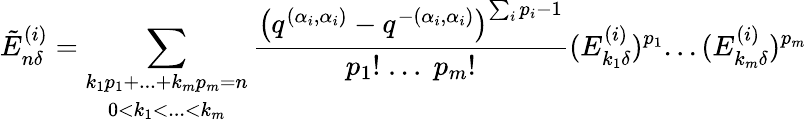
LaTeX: \tilde{E}_{n\delta}^{(i)}=\sum_{\begin{array}{c}{{k_{1}p_{1}+...+k_{m}p_{m}=n}}\\ {{0<k_{1}<...<k_{m}}}\end{array}}\frac{\left(q^{(\alpha_{i},\alpha_{i})}-q^{-(\alpha_{i},\alpha_{i})}\right)^{\sum_{i}p_{i}-1}}{p_{1}!\; ...\; p_{m}!}(E_{k_{1}\delta}^{(i)})^{p_{1}}...(E_{k_{m}\delta}^{(i)})^{p_{m}}